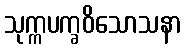
သုက္ကပက္ခဝိသောသနာ